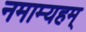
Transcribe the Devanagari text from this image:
नमाम्यहम्‌